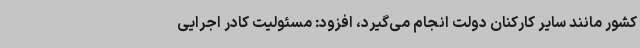
کشور مانند سایر کارکنان دولت انجام می‌گیرد، افزود: مسئولیت کادر اجرایی